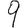
Digit: 9